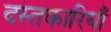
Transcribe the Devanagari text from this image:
दस्तकारियाँ